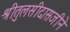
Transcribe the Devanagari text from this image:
श्रीतुलसीदासजीने